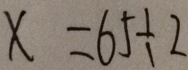
x = 6 5 \div 2